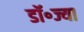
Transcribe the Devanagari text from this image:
डॉ॰ज्या